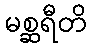
မစ္ဆရီတိ